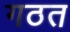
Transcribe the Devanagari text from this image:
गठत